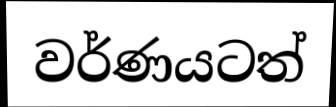
වර්ණයටත්